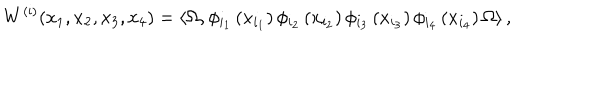
W ^ { \left( \mathrm { i } \right) } { \left( x _ { 1 } , x _ { 2 } , x _ { 3 } , x _ { 4 } \right) } = \left\langle \Omega , \phi _ { { i } _ { 1 } } \left( x _ { { i } _ { 1 } } \right) \phi _ { { i } _ { 2 } } \left( x _ { { i } _ { 2 } } \right) \phi _ { { i } _ { 3 } } \left( x _ { { i } _ { 3 } } \right) \phi _ { { i } _ { 4 } } \left( x _ { { i } _ { 4 } } \right) \Omega \right\rangle ,